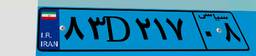
۱۱D۴۴۵۲۳